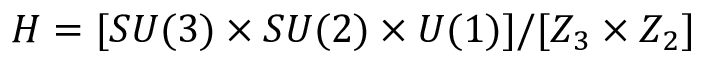
H = [ S U ( 3 ) \times S U ( 2 ) \times U ( 1 ) ] / [ Z _ { 3 } \times Z _ { 2 } ]